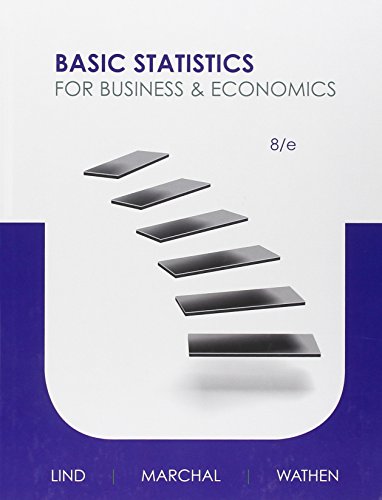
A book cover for Basic Statistics for Business and Economics; Douglas Lind; Science & Math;